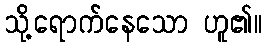
သို့ရောက်နေသော ဟူ၏။